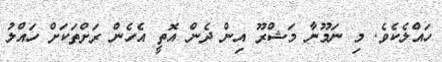
ހައްލެކެވެ. މި ނަމޫނާ މަޝްރޫ އިން ދެން އޮތީ އެހެން ރަށްތަކަށް ހައްލު